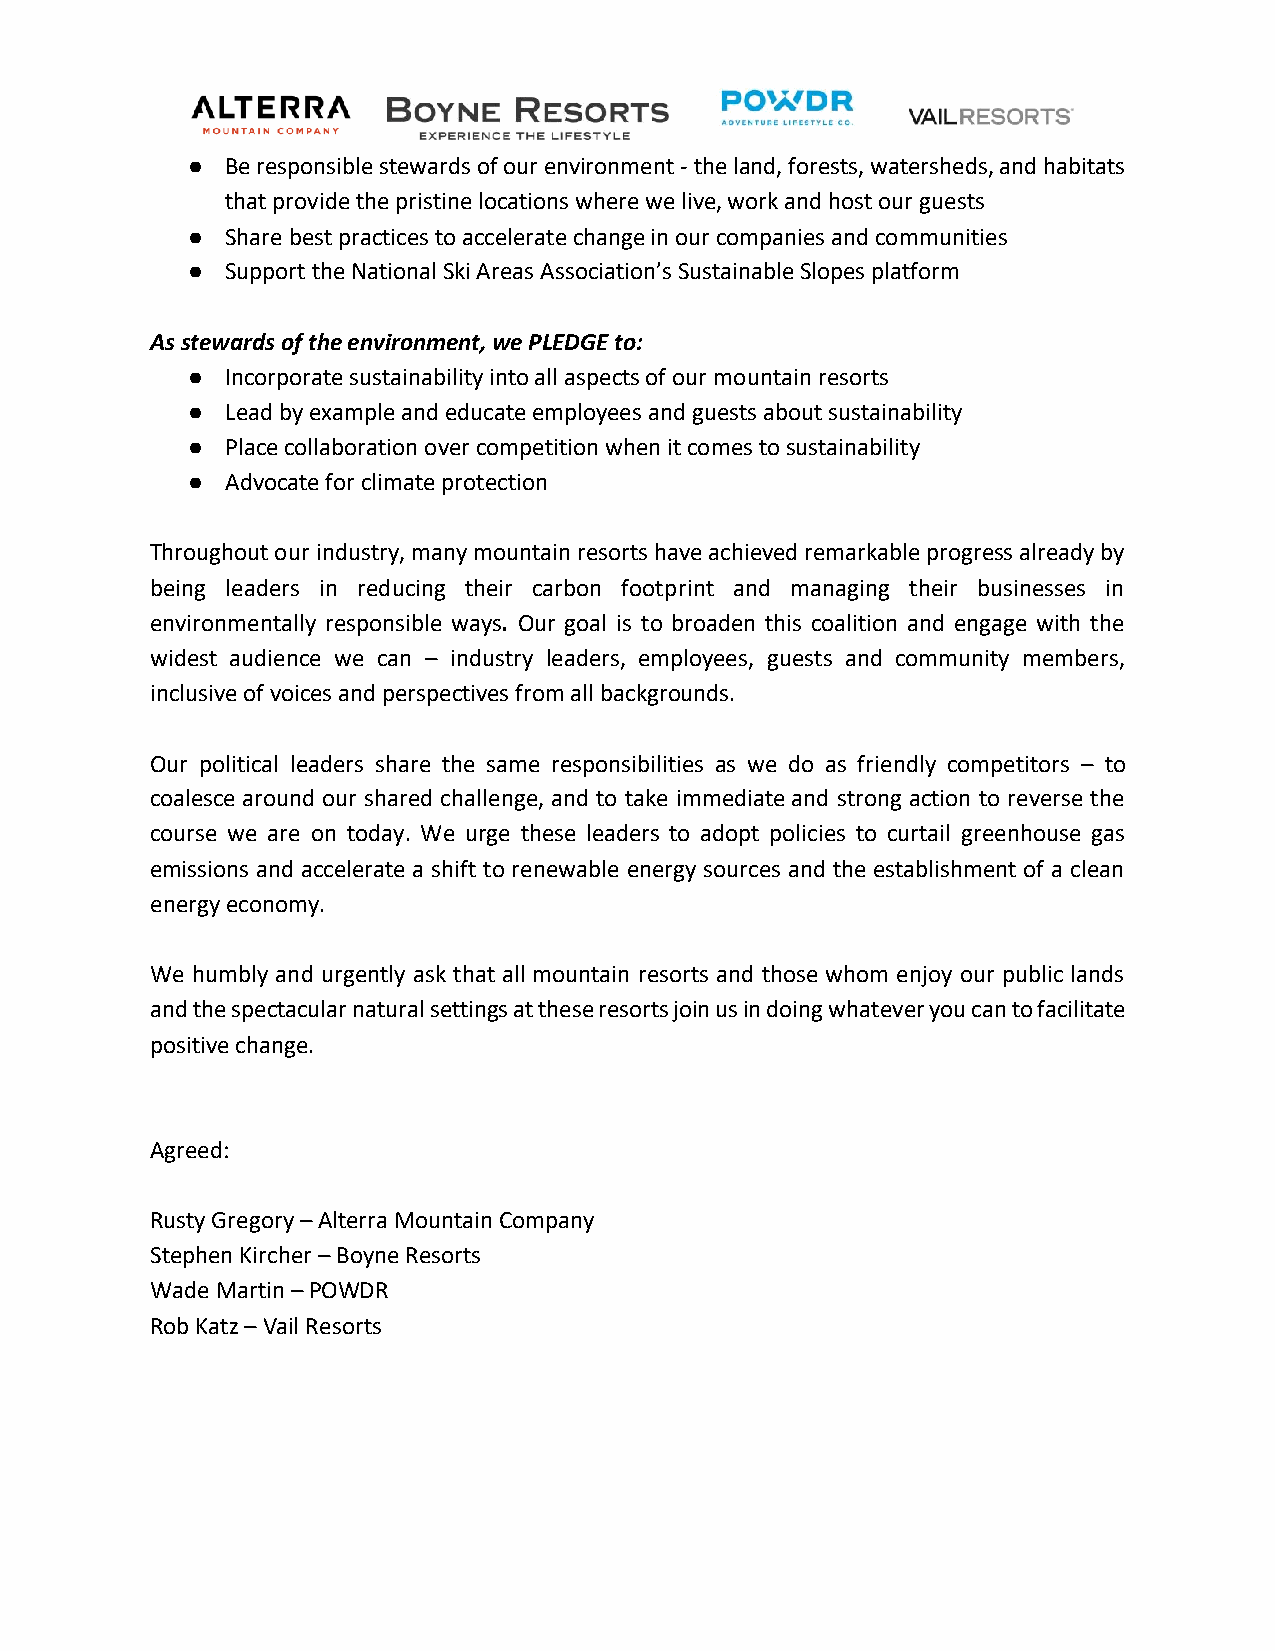
●  Be responsible stewards of our environment - the land, forests, watersheds, and habitats
 that provide the pristine locations where we live, work and host our guests
 ●  Share best practices to accelerate change in our companies and communities
 ●  Support the National Ski Areas Association’s Sustainable Slopes platform
 As stewards of the environment, we PLEDGE to:
 ●  Incorporate sustainability into all aspects of our mountain resorts
 ●  Lead by example and educate employees and guests about sustainability
 ●  Place collaboration over competition when it comes to sustainability
 ●  Advocate for climate protection
 Throughout our industry, many mountain resorts have achieved remarkable progress already by
 being leaders in reducing their carbon footprint and managing their businesses in
 environmentally responsible ways. Our goal is to broaden this coalition and engage with the
 widest audience we can – industry leaders, employees, guests and community members,
 inclusive of voices and perspectives from all backgrounds.
 Our political leaders share the same responsibilities as we do as friendly competitors – to
 coalesce around our shared challenge, and to take immediate and strong action to reverse the
 course we are on today. We urge these leaders to adopt policies to curtail greenhouse gas
 emissions and accelerate a shift to renewable energy sources and the establishment of a clean
 energy economy.
 We humbly and urgently ask that all mountain resorts and those whom enjoy our public lands
 and the spectacular natural settings at these resorts join us in doing whatever you can to facilitate
 positive change.
 Agreed:
 Rusty Gregory – Alterra Mountain Company
 Stephen Kircher – Boyne Resorts
 Wade Martin – POWDR
 Rob Katz – Vail Resorts